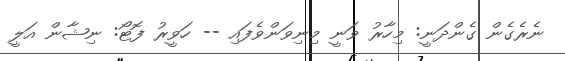
ނެރެގެން ގެންދަނީ: މިހާރު ވަނީ މިނިވަންވެފައި -- ހަވީރު ފޮޓޯ: ނިޝާން އަލީ